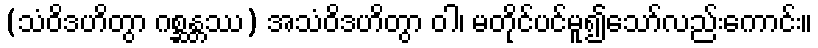
(သံဝိဒဟိတွာ ဂစ္ဆန္တဿ) အသံဝိဒဟိတွာ ဝါ၊ မတိုင်ပင်မူ၍သော်လည်းကောင်း။